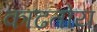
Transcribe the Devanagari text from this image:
काढतोय